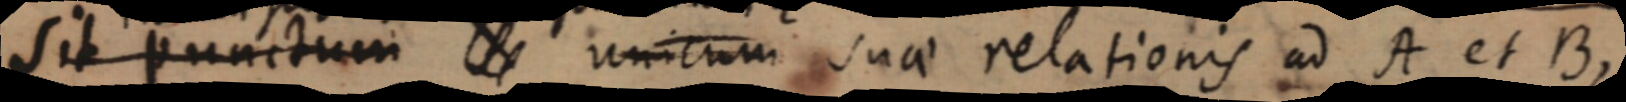
sit punctum _ unicum suae relationis ad A et B,